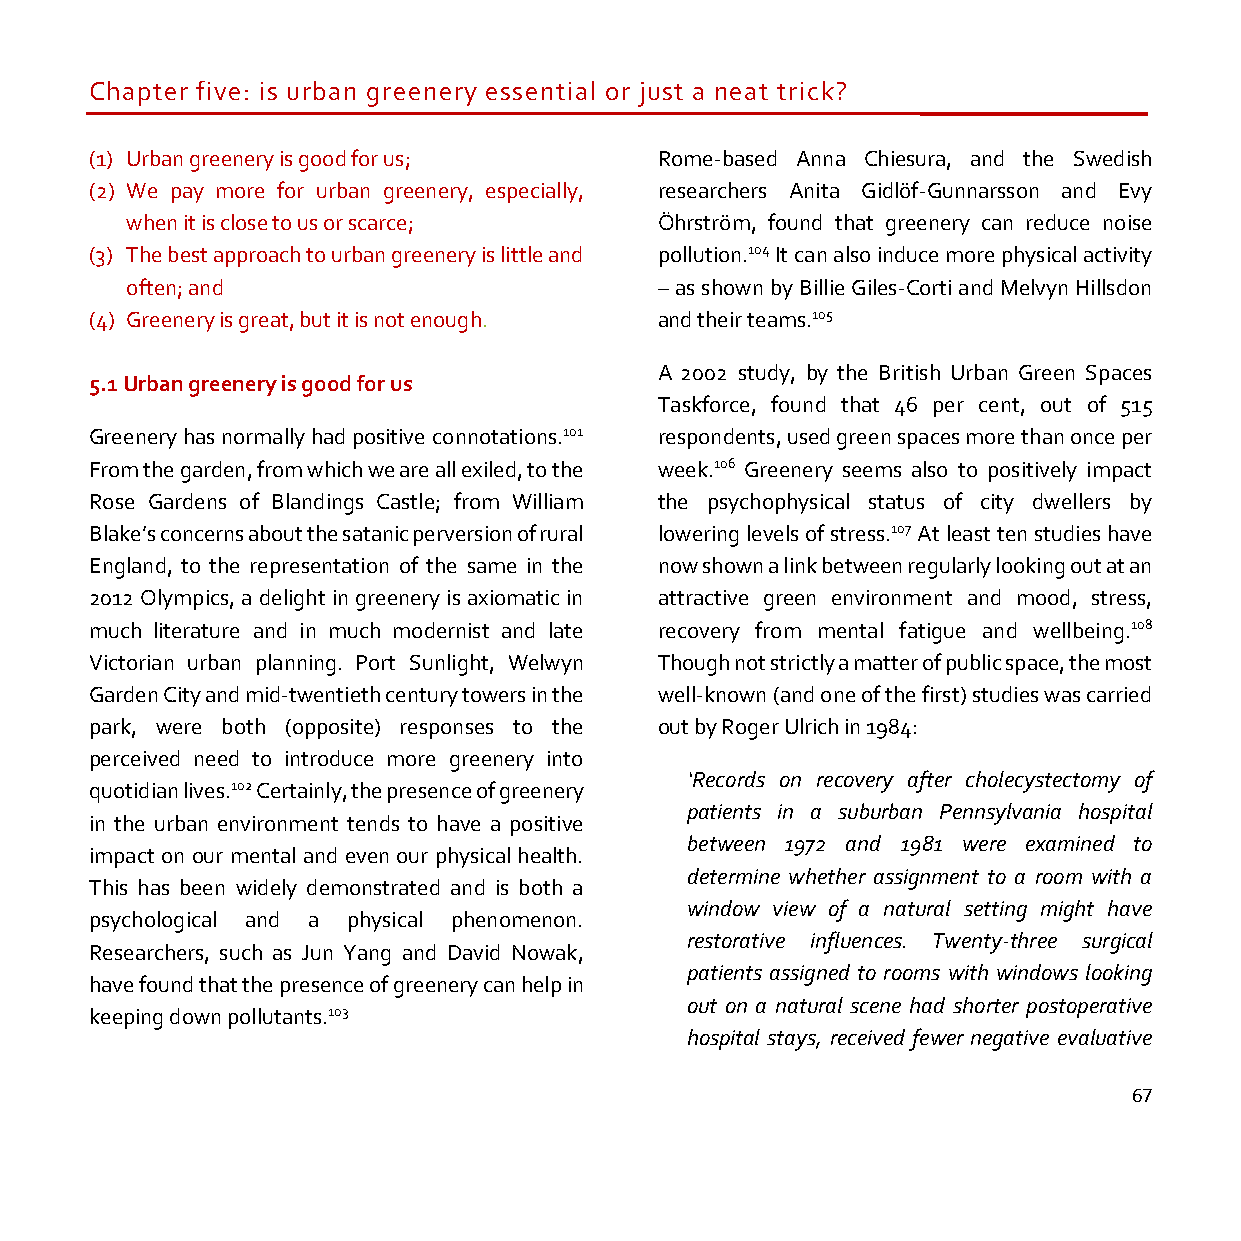
Chapter five: is urban greenery essential or just a neat trick?
 (1) Urban greenery is good for us;    Rome-based Anna Chiesura, and the Swedish
 (2) We pay more for urban greenery, especially, researchers Anita Gidlöf-Gunnarsson and Evy
 when it is close to us or scarce;   Öhrström, found that greenery can reduce noise
 (3) The best approach to urban greenery is little and pollution.104 It can also induce more physical activity
 often; and                          – as shown by Billie Giles-Corti and Melvyn Hillsdon
 (4) Greenery is great, but it is not enough. and their teams.105
 A 2002 study, by the British Urban Green Spaces
 5.1 Urban greenery is good for us
 Taskforce, found that 46 per cent, out of 515
 Greenery has normally had positive connotations.101 respondents, used green spaces more than once per
 From the garden, from which we are all exiled, to the week.106 Greenery seems also to positively impact
 Rose Gardens of Blandings Castle; from William the psychophysical status of city dwellers by
 Blake’s concerns about the satanic perversion of rural lowering levels of stress.107 At least ten studies have
 England, to the representation of the same in the now shown a link between regularly looking out at an
 2012 Olympics, a delight in greenery is axiomatic in attractive green environment and mood, stress,
 much literature and in much modernist and late recovery from mental fatigue and wellbeing.108
 Victorian urban planning. Port Sunlight, Welwyn Though not strictly a matter of public space, the most
 Garden City and mid-twentieth century towers in the well-known (and one of the first) studies was carried
 park, were both (opposite) responses to the out by Roger Ulrich in 1984:
 perceived need to introduce more greenery into
 ‘Records on recovery after cholecystectomy of
 quotidian lives.102 Certainly, the presence of greenery
 patients in a suburban Pennsylvania hospital
 in the urban environment tends to have a positive
 between 1972 and 1981 were examined to
 impact on our mental and even our physical health.
 determine whether assignment to a room with a
 This has been widely demonstrated and is both a
 window view of a natural setting might have
 psychological and a physical phenomenon.
 restorative influences. Twenty-three surgical
 Researchers, such as Jun Yang and David Nowak,
 patients assigned to rooms with windows looking
 have found that the presence of greenery can help in
 out on a natural scene had shorter postoperative
 keeping down pollutants.103
 hospital stays, received fewer negative evaluative
 67